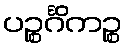
ပဉ္စင်္ဂိကဉ္စ